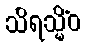
သိရသ္မိံဝ